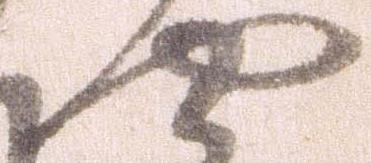
や